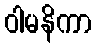
ဝါမနိကာ